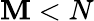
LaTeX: \mathbf{M}<N